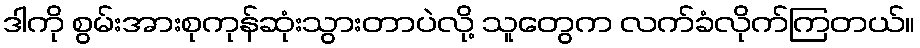
ဒါကို စွမ်းအားစုကုန်ဆုံးသွားတာပဲလို့ သူတွေက လက်ခံလိုက်ကြတယ်။